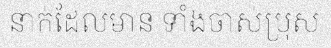
នាក់ដែលមាន ទាំងចាស់ប្រុស